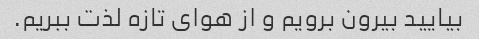
بیایید بیرون برویم و از هوای تازه لذت ببریم.